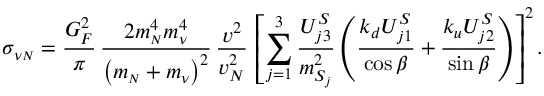
\sigma _ { \nu { \scriptscriptstyle \cal N } } = \frac { G _ { F } ^ { 2 } } { \pi } \, \frac { 2 m _ { \scriptscriptstyle \cal N } ^ { 4 } m _ { \nu } ^ { 4 } } { \left( m _ { \scriptscriptstyle \cal N } + m _ { \nu } \right) ^ { 2 } } \, \frac { v ^ { 2 } } { v _ { N } ^ { 2 } } \, \left[ \sum _ { j = 1 } ^ { 3 } \frac { U _ { j 3 } ^ { S } } { m _ { S _ { j } } ^ { 2 } } \left( \frac { k _ { d } U _ { j 1 } ^ { S } } { \cos \beta } + \frac { k _ { u } U _ { j 2 } ^ { S } } { \sin \beta } \right) \right] ^ { 2 } .